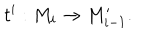
LaTeX: t ^ { i } : M _ { i } \rightarrow M _ { i - 1 } ^ { \prime } .